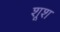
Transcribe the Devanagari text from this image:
शूश